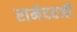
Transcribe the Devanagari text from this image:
रामेदवजी